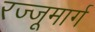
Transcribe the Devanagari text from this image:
रज्जूमार्ग